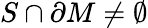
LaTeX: S\cap\partial M\neq\emptyset